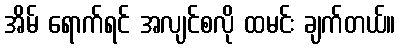
အိမ် ရောက်ရင် အလျင်စလို ထမင်း ချက်တယ်။